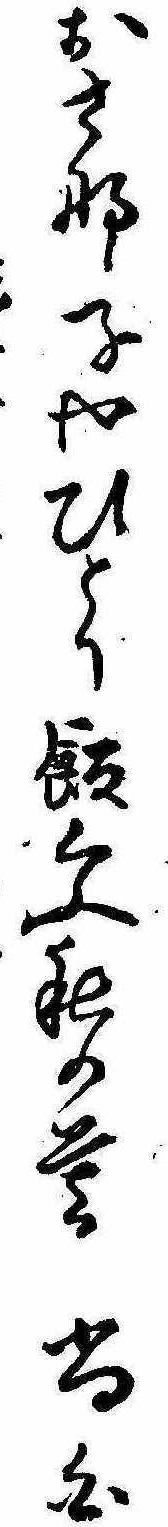
おさな子やひとり飯くふ秋の暮尚白